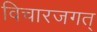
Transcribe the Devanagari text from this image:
विचारजगत्‌